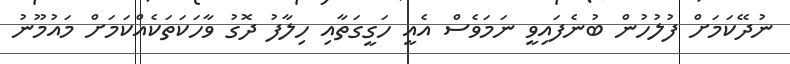
ނުދޭކަމަށް ފުލުހުން ބުނެފައިވީ ނަމަވެސް އެއީ ހަގީގަތާއި ހިލާފު ދޮގު ވާހަކަތަކެއްކަމަށް މައުމޫނު